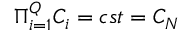
\Pi _ { i = 1 } ^ { Q } C _ { i } = c s t = C _ { N }